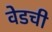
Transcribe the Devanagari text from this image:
वेडची